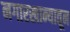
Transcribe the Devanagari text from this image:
नगारखान्यातून